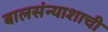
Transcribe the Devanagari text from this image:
बालसंन्याशाची